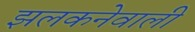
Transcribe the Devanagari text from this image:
झलकनेवाली